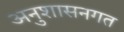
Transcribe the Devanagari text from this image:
अनुशासनगत